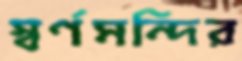
স্বর্ণমন্দির